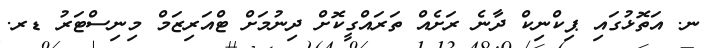
ނ. އަތޮޅުގައި ޕިކްނިކް ދާނެ ރަށެއް ތަރައްގީކޮށް ދިނުމަށް ޓްއަރިޒަމް މިނިސްޓަރު ޑރ.